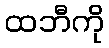
ထဘီကို